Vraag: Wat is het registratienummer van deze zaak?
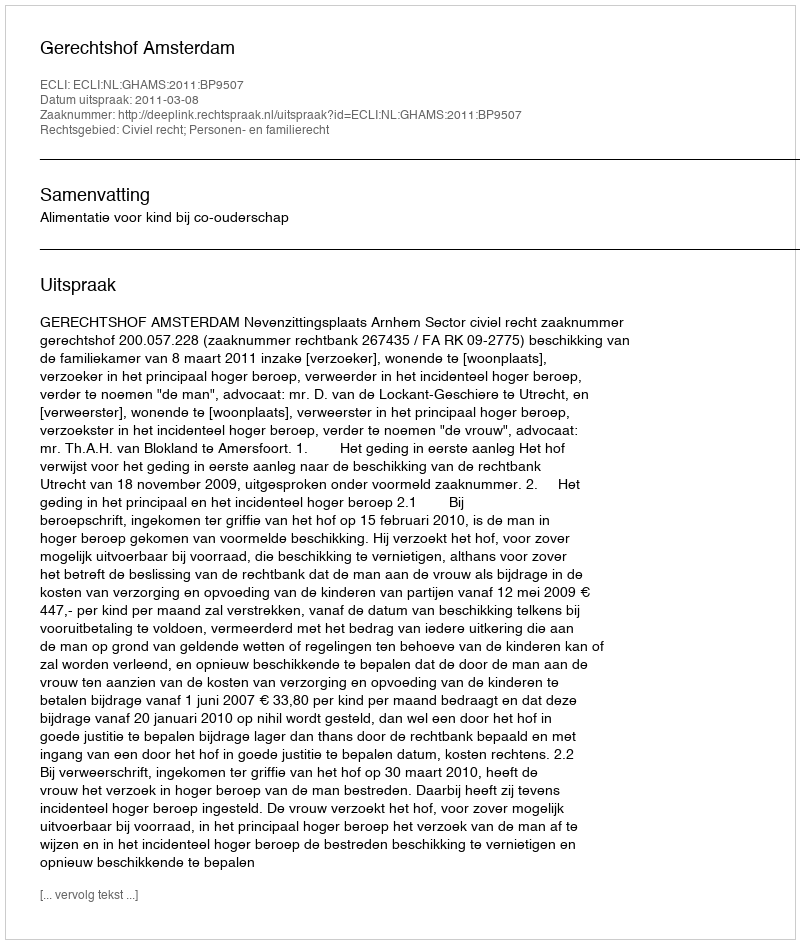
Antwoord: http://deeplink.rechtspraak.nl/uitspraak?id=ECLI:NL:GHAMS:2011:BP9507